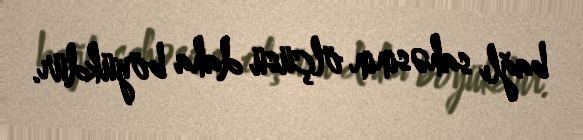
bağlı sahəsinin ölçüsü daha böyükdür.